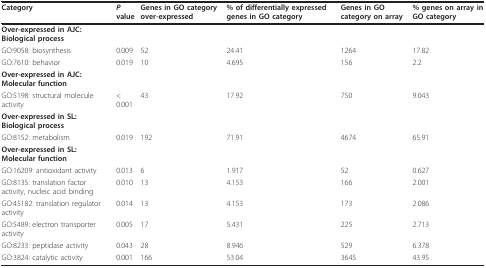
<table><thead><tr><td><b>Category</b></td><td><b><i>P </i>value</b></td><td><b>Genes in GO category over-expressed</b></td><td><b>% of differentially expressed genes in GO category</b></td><td><b>Genes in GO category on array</b></td><td><b>% genes on array in GO category</b></td></tr></thead><tbody><tr><td><b>Over-expressed in AJC: Biological process</b></td><td></td><td></td><td></td><td></td><td></td></tr><tr><td>GO:9058: biosynthesis</td><td>0.009</td><td>52</td><td>24.41</td><td>1264</td><td>17.82</td></tr><tr><td>GO:7610: behavior</td><td>0.019</td><td>10</td><td>4.695</td><td>156</td><td>2.2</td></tr><tr><td><b>Over-expressed in AJC: Molecular function</b></td><td></td><td></td><td></td><td></td><td></td></tr><tr><td>GO:5198: structural molecule activity</td><td>&lt; 0.001</td><td>43</td><td>17.92</td><td>750</td><td>9.043</td></tr><tr><td><b>Over-expressed in SL: Biological process</b></td><td></td><td></td><td></td><td></td><td></td></tr><tr><td>GO:8152: metabolism</td><td>0.019</td><td>192</td><td>71.91</td><td>4674</td><td>65.91</td></tr><tr><td><b>Over-expressed in SL: Molecular function</b></td><td></td><td></td><td></td><td></td><td></td></tr><tr><td>GO:16209: antioxidant activity</td><td>0.013</td><td>6</td><td>1.917</td><td>52</td><td>0.627</td></tr><tr><td>GO:8135: translation factor activity, nucleic acid binding</td><td>0.010</td><td>13</td><td>4.153</td><td>166</td><td>2.001</td></tr><tr><td>GO:45182: translation regulator activity</td><td>0.014</td><td>13</td><td>4.153</td><td>173</td><td>2.086</td></tr><tr><td>GO:5489: electron transporter activity</td><td>0.005</td><td>17</td><td>5.431</td><td>225</td><td>2.713</td></tr><tr><td>GO:8233: peptidase activity</td><td>0.043</td><td>28</td><td>8.946</td><td>529</td><td>6.378</td></tr><tr><td>GO:3824: catalytic activity</td><td>0.001</td><td>166</td><td>53.04</td><td>3645</td><td>43.95</td></tr></tbody></table>